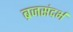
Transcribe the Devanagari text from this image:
ब्रजसंदर्भ